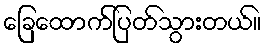
ခြေထောက်ပြတ်သွားတယ်။